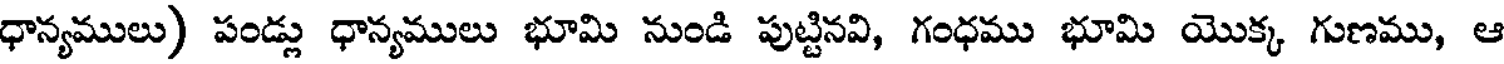
ధాన్యములు) పండ్లు ధాన్యములు భూమి నుండి పుట్టినవి, గంధము భూమి యొక్క గుణము, ఆ